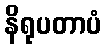
နိရုပတာပံ